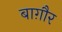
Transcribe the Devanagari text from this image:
बाग़ौर